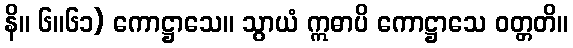
နိ။ ၆။၆၁) ကောဋ္ဌာသေ။ သွာယံ ဣဓာပိ ကောဋ္ဌာသေ ဝတ္တတိ။